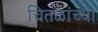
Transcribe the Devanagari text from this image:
चितळांच्या